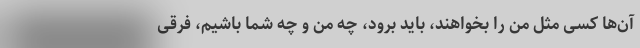
آن‌ها کسی مثل من را بخواهند، باید برود، چه من و چه شما باشیم، فرقی